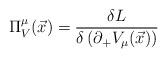
LaTeX: \begin{align*}\Pi^\mu_V({\vec x}) = \frac{\delta { L}}{\delta\left(\partial_+V_\mu (\vec{x}) \right)}\end{align*}